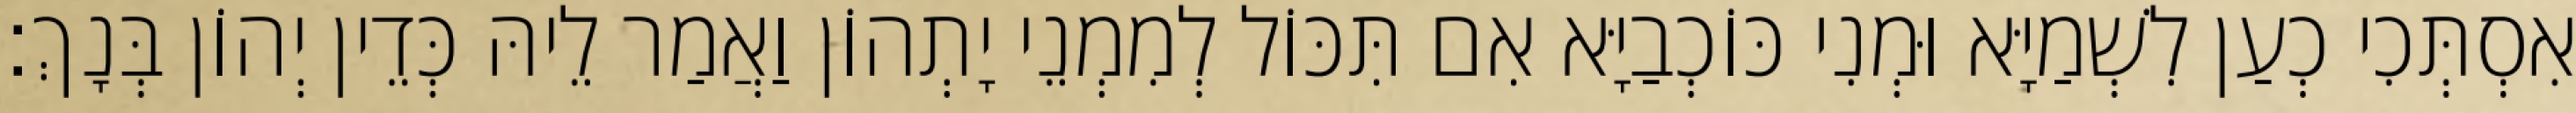
אִסְתְּכִי כְעַן לִשְׁמַיָּא וּמְנִי כּוֹכְבַיָּא אִם תִּכּוֹל לְמִמְנֵי יָתְהוֹן וַאֲמַר לֵיהּ כְּדֵין יְהוֹן בְּנָךְ׃